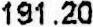
191.20